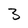
Character: 3